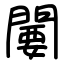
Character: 闄